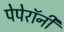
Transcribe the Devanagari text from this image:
पेपेरॉनी